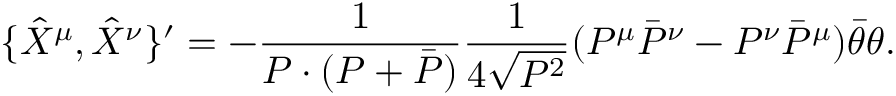
\{ \hat { X } ^ { \mu } , \hat { X } ^ { \nu } \} ^ { \prime } = - \frac { 1 } { P \cdot ( P + \bar { P } ) } \frac { 1 } { 4 \sqrt { P ^ { 2 } } } ( P ^ { \mu } \bar { P } ^ { \nu } - P ^ { \nu } \bar { P } ^ { \mu } ) \bar { \theta } \theta .